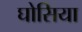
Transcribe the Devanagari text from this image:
घोसिया